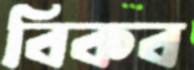
বিকব